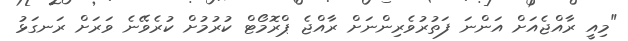
"މިއީ ރާއްޖެއަށް އަންނަ ފަތުރުވެރިންނަށް ރާއްޖެ ޕްރޮމޯޓް ކުރުމުށް ކުރެވޭނެ ވަރަށް ރަނގަޅު